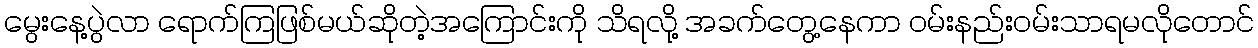
မွေးနေ့ပွဲလာ ရောက်ကြဖြစ်မယ်ဆိုတဲ့အကြောင်းကို သိရလို့ အခက်တွေ့နေကာ ဝမ်းနည်းဝမ်းသာရမလိုတောင်